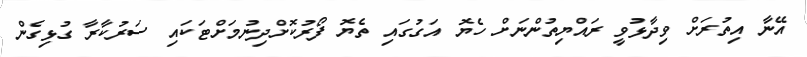
އޭނާ އިތުރަށް ވިދާޅުވީ ރައްޔިތުންނަށް ހެޔޮ އަގުގައި ތެޔޮ ފޯރުކޮށްދިނުމަށްޓަކައި ސަރުކާރާ ގުޅިގެން